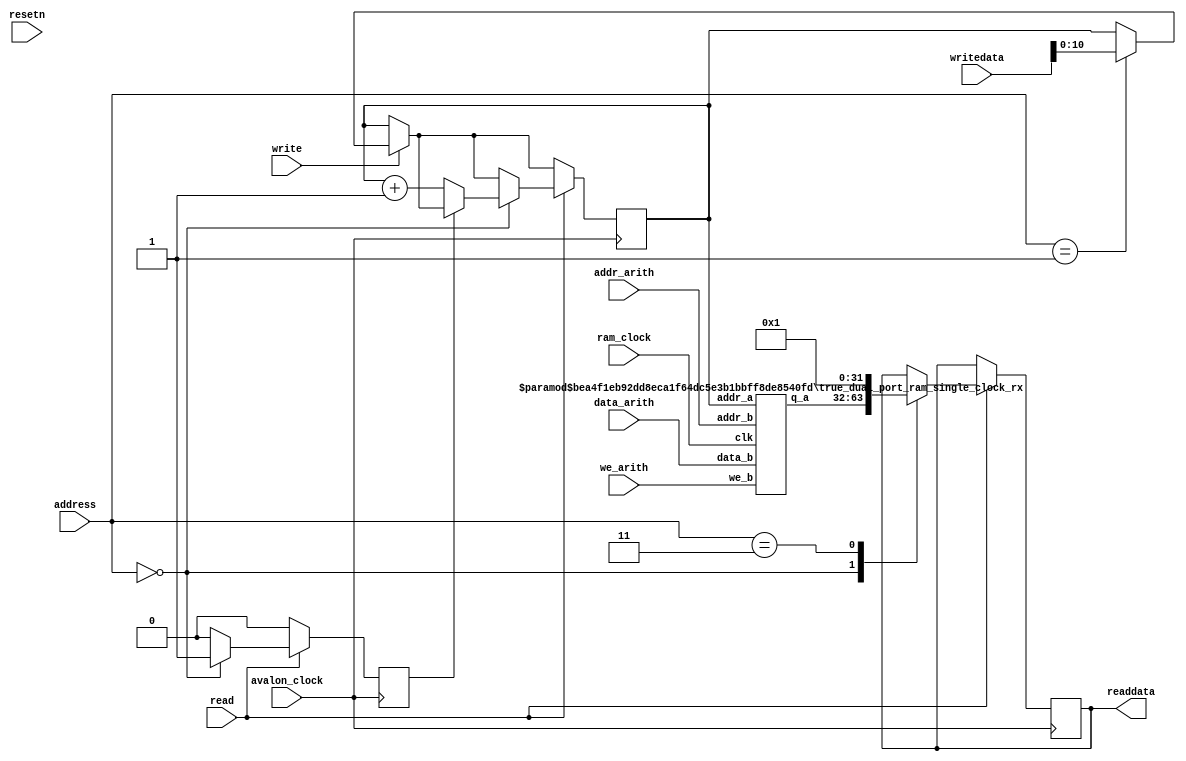
module dpRamRX 
(
input avalon_clock, ram_clock, resetn, read, write, we_arith,
input [2:0] address,
input [10:0] addr_arith,
input [31:0] writedata, data_arith,
output reg [31:0] readdata
);

parameter ID = 1;

reg [10:0] addr_hps;
wire [31:0] q_hps;
reg r_inc_inhibit;

always@(posedge avalon_clock) begin
	r_inc_inhibit <= 1'b0;
	if(write) begin
		case(address)
			3'b001: addr_hps <= writedata[10:0];
			default: ;
		endcase
	end
	if(read) begin
		case(address)
			3'b000: begin
				readdata <= q_hps;
				if (~r_inc_inhibit)
					addr_hps <= addr_hps + 11'd1;
				r_inc_inhibit <= 1'b1;
			end
			3'b011: readdata <= ID;
			default: ;
		endcase
	end
end


true_dual_port_ram_single_clock_rx #(.DATA_WIDTH(32), .ADDR_WIDTH(11)) dpr(
.data_b(data_arith),
.addr_a(addr_hps),
.addr_b(addr_arith),
.we_b(we_arith),
.clk(ram_clock),
.q_a(q_hps)
);



endmodule

// Quartus Prime Verilog Template
// True Dual Port RAM with single clock

module true_dual_port_ram_single_clock_rx
#(parameter DATA_WIDTH=8, parameter ADDR_WIDTH=6)
(
	input [(DATA_WIDTH-1):0] data_a, data_b,
	input [(ADDR_WIDTH-1):0] addr_a, addr_b,
	input we_a, we_b, clk,
	output reg [(DATA_WIDTH-1):0] q_a, q_b
);

	// Declare the RAM variable
	reg [DATA_WIDTH-1:0] ram[2**ADDR_WIDTH-1:0];

	// Port A 
	always @ (posedge clk)
	begin
		if (we_a) 
		begin
			ram[addr_a] <= data_a;
			q_a <= data_a;
		end
		else 
		begin
			q_a <= ram[addr_a];
		end 
	end 

	// Port B 
	always @ (posedge clk)
	begin
		if (we_b) 
		begin
			ram[addr_b] <= data_b;
			q_b <= data_b;
		end
		else 
		begin
			q_b <= ram[addr_b];
		end 
	end

endmodule